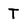
Character: T